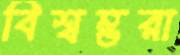
বিশ্বম্ভরা